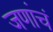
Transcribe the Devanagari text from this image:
जणांचं